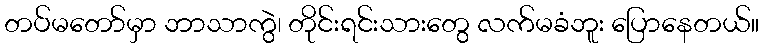
တပ်မတော်မှာ ဘာသာကွဲ၊ တိုင်းရင်းသားတွေ လက်မခံဘူး ပြောနေတယ်။